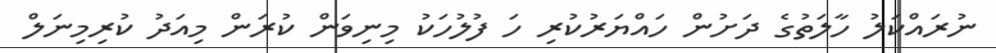
ނުރައްކަލު ހާލަތުގެ ދަށުން ހައްޔަރުކުރި ހަ ފުލުހަކު މިނިވަން ކުރަން މިއަދު ކުރިމިނަލް